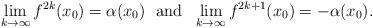
LaTeX: \begin{align*}\lim_{k\to\infty}f^{2k}(x_0)=\alpha(x_0)\ \ \mbox{and} \ \ \lim_{k\to\infty}f^{2k+1}(x_0)=-\alpha(x_0).\end{align*}